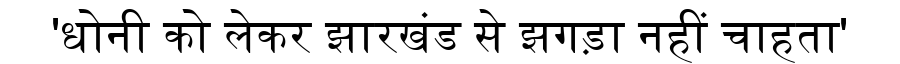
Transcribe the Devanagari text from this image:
'धोनी को लेकर झारखंड से झगड़ा नहीं चाहता'